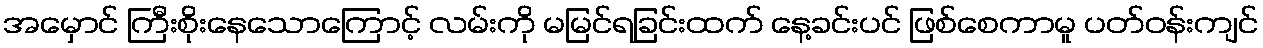
အမှောင် ကြီးစိုးနေသောကြောင့် လမ်းကို မမြင်ရခြင်းထက် နေ့ခင်းပင် ဖြစ်စေကာမူ ပတ်ဝန်းကျင်